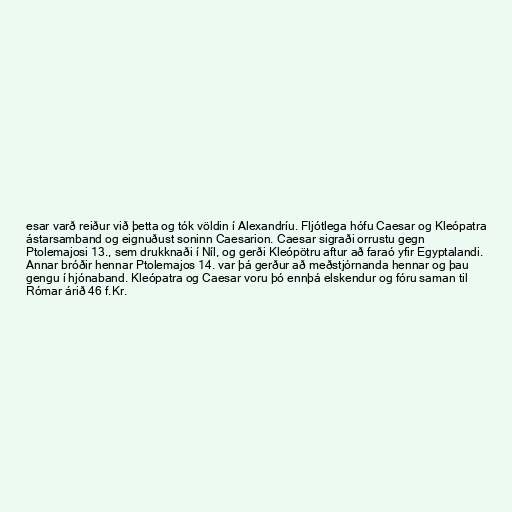
esar varð reiður við þetta og tók völdin í Alexandríu. Fljótlega hófu Caesar og Kleópatra
ástarsamband og eignuðust soninn Caesarion. Caesar sigraði orrustu gegn
Ptolemajosi 13., sem drukknaði í Níl, og gerði Kleópötru aftur að faraó yfir Egyptalandi.
Annar bróðir hennar Ptolemajos 14. var þá gerður að meðstjórnanda hennar og þau
gengu í hjónaband. Kleópatra og Caesar voru þó ennþá elskendur og fóru saman til
Rómar árið 46 f.Kr.